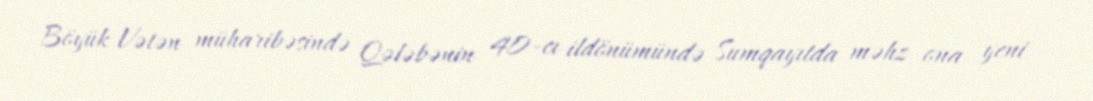
Böyük Vətən müharibəsində Qələbənin 40-cı ildönümündə Sumqayıtda məhz ona yeni